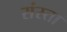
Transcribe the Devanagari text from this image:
संस्ता